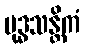
ဗုဒ္ဓသန္တိကံ